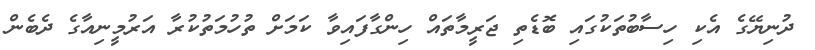
ދުނިޔޭގެ އެކި ހިސާބުތަކުގައި ބޮޑެތި ޖަރީމާތައް ހިންގާފައިވާ ކަމަށް ތުހުމަތުކުރާ އަރުމީނިއާގެ ދެބެން